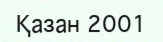
Қазан 2001